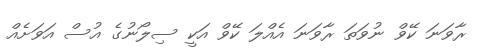
ރާވަނަ ކޭވް ނުވަތަ ރާވަނަ އެއްލަ ކޭވް އަކީ ސިލޯނުގެ އުސް އަވަށެއް